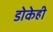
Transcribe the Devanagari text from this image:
डोकेही